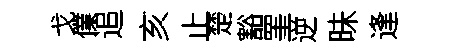
戈㒒追亥止楚豁罣逆昧逢